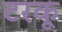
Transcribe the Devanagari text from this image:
टरकू